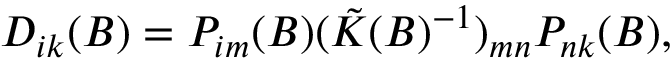
D _ { i k } ( B ) = P _ { i m } ( B ) ( \tilde { K } ( B ) ^ { - 1 } ) _ { m n } P _ { n k } ( B ) ,